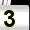
Digit: 3